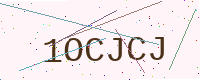
Text: 1OCJCJ